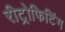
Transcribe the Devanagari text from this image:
रीट्रोफिटिंग